Report on plague in the Punjab from October 1st ... to September 30th ..., being the ... season of plague in the province
Disease focus: Plague
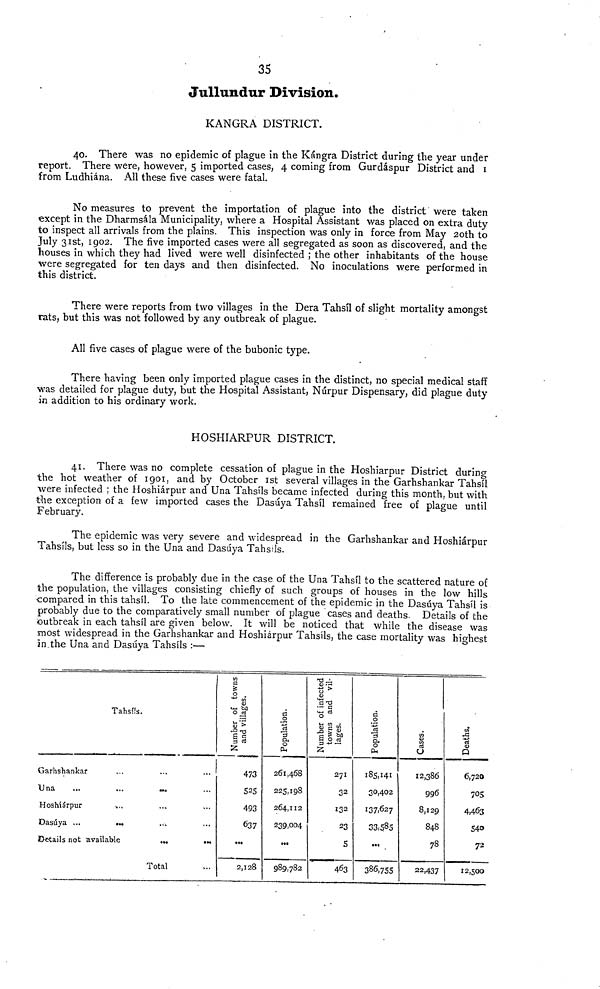
35
Jullundur Division.
KANGRA DISTRICT.
40. There was no epidemic of plague in the Kangra District during the year under
report. There were, however, 5 imported cases, 4 coming from Gurdáspur District and I
from Ludhiána. All these five cases were fatal.
No measures to prevent the importation of plague into the district were taken
except in the Dharmsála Municipality, where a Hospital Assistant was placed on extra duty
to inspect all arrivals from the plains. This inspection was only in force from May 20th to
July 31st, 1902. The five imported cases were all segregated as soon as discovered, and the
houses in which they had lived were well disinfected ; the other inhabitants of the house
were segregated for ten days and then disinfected. No inoculations were performed in
this district.
There were reports from two villages in the Dera Tahsil of slight mortality amongst
rats, but this was not followed by any outbreak of plague.
All five cases of plague were of the bubonic type.
There having been only imported plague cases in the distinct, no special medical staff
was detailed for plague duty, but the Hospital Assistant, Núrpur Dispensary, did plague duty
in addition to his ordinary work.
HOSHIARPUR DISTRICT.
41. There was no complete cessation of plague in the Hoshiarpur District during
the hot weather of 1901, and by October Ist several villages in the Garhshankar Tahsil
were infected ; the Hoshiárpur and Una Tahsíls became infected during this month, but with
the exception of a few imported cases the Dasúya Tahsíl remained free of plague until
February.
The epidemic was very severe and widespread in the Garhshankar and Hoshiárpur
Tahsíls, but less so in the Una and Dasúya Tahsils.
The difference is probably due in the case of the Una Tahsil to the scattered nature of
the population, the villages consisting chiefly of such groups of houses in the low hills
compared in this tahsíl. To the late commencement of the epidemic in the Dasúya Tahsíl is
probably due to the comparatively small number of plague cases and deaths. Details of the
outbreak in each tahsil are given below. It will be noticed that while the disease was
most widespread in the Garhshankar and Hoshiárpur Tahsils, the case mortality was highest
in the Una and Dasúya Tahsíls :—
Tahsíls.
Garhshankar
Una
Hoshiárpur
Dasúya
Details not available
...
Total
...
Number of towns and villages.
473
525
493
637
2,128
Population.
261,468
225,198
264,112
239,004
989,782
Number of infected towns and villages.
271
32
132
23
5
463
Population
185,141
30,402
137,627
33,585
386,755
Cases
12,386
996
8,129
848
78
22,437
Deaths.
6,720
705
4,463
540
72
12,500